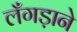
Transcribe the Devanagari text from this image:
लँगड़ाने